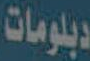
دبلومات